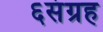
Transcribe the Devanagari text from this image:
६संग्रह